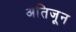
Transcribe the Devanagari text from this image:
अतिजून